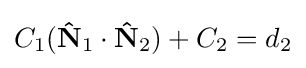
C_{1}(\mathbf {\hat {N}} _{1}\cdot \mathbf {\hat {N}} _{2})+C_{2}=d_{2}